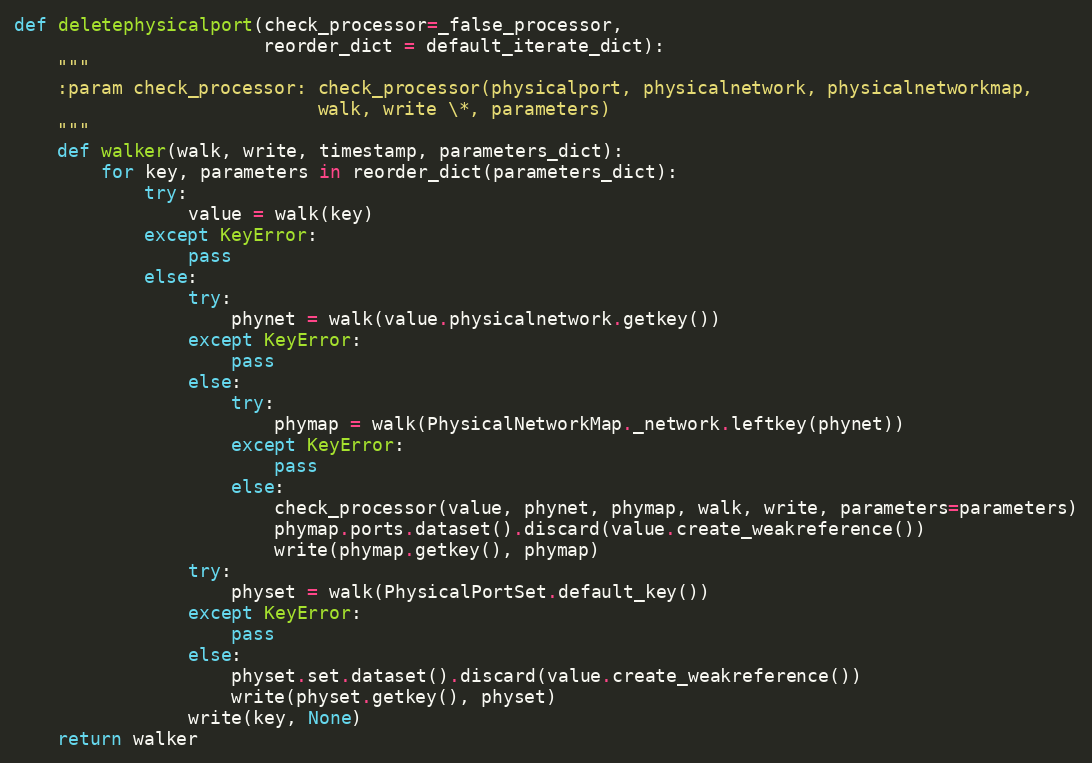
Language: Python
def deletephysicalport(check_processor=_false_processor,
                       reorder_dict = default_iterate_dict):
    """
    :param check_processor: check_processor(physicalport, physicalnetwork, physicalnetworkmap,
                            walk, write \*, parameters)
    """
    def walker(walk, write, timestamp, parameters_dict):
        for key, parameters in reorder_dict(parameters_dict):
            try:
                value = walk(key)
            except KeyError:
                pass
            else:
                try:
                    phynet = walk(value.physicalnetwork.getkey())
                except KeyError:
                    pass
                else:
                    try:
                        phymap = walk(PhysicalNetworkMap._network.leftkey(phynet))
                    except KeyError:
                        pass
                    else:
                        check_processor(value, phynet, phymap, walk, write, parameters=parameters)
                        phymap.ports.dataset().discard(value.create_weakreference())
                        write(phymap.getkey(), phymap)
                try:
                    physet = walk(PhysicalPortSet.default_key())
                except KeyError:
                    pass
                else:
                    physet.set.dataset().discard(value.create_weakreference())
                    write(physet.getkey(), physet)
                write(key, None)
    return walker